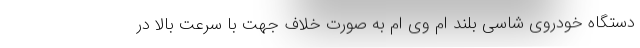
دستگاه خودروی شاسی بلند ام وی ام به صورت خلاف جهت با سرعت بالا در